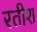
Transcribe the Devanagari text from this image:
रतीश